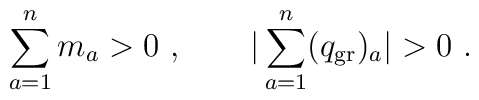
\sum_{a=1}^{n} m_a > 0 \ ,  \qquad |\sum_{a=1}^{n} (q_{\rm gr}) _a| > 0  \ .